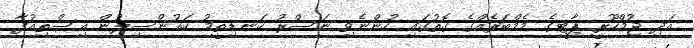
އަދި ޖުމްހޫރީ ޕާޓީގެ މެމްބަރެއްގެ ގޮތުގައި ހުންނެވި ނަސްރު ކަނޑިތީމު ކައުންސިލުން އިސްތިއުފާ